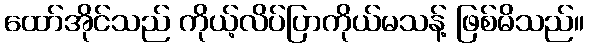
ထော်အိုင်သည် ကိုယ့်လိပ်ပြာကိုယ်မသန့် ဖြစ်မိသည်။